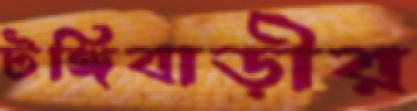
টঙ্গিবাড়ীর